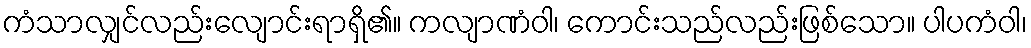
ကံသာလျှင်လည်းလျောင်းရာရှိ၏။ ကလျာဏံဝါ၊ ကောင်းသည်လည်းဖြစ်သော။ ပါပကံဝါ၊